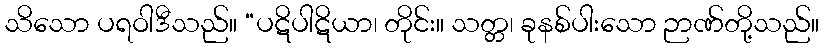
သိသော ပရဝါဒီသည်။ “ပဋိပါဋိယာ၊ တိုင်း။ သတ္တ၊ ခုနစ်ပါးသော ဉာဏ်တို့သည်။